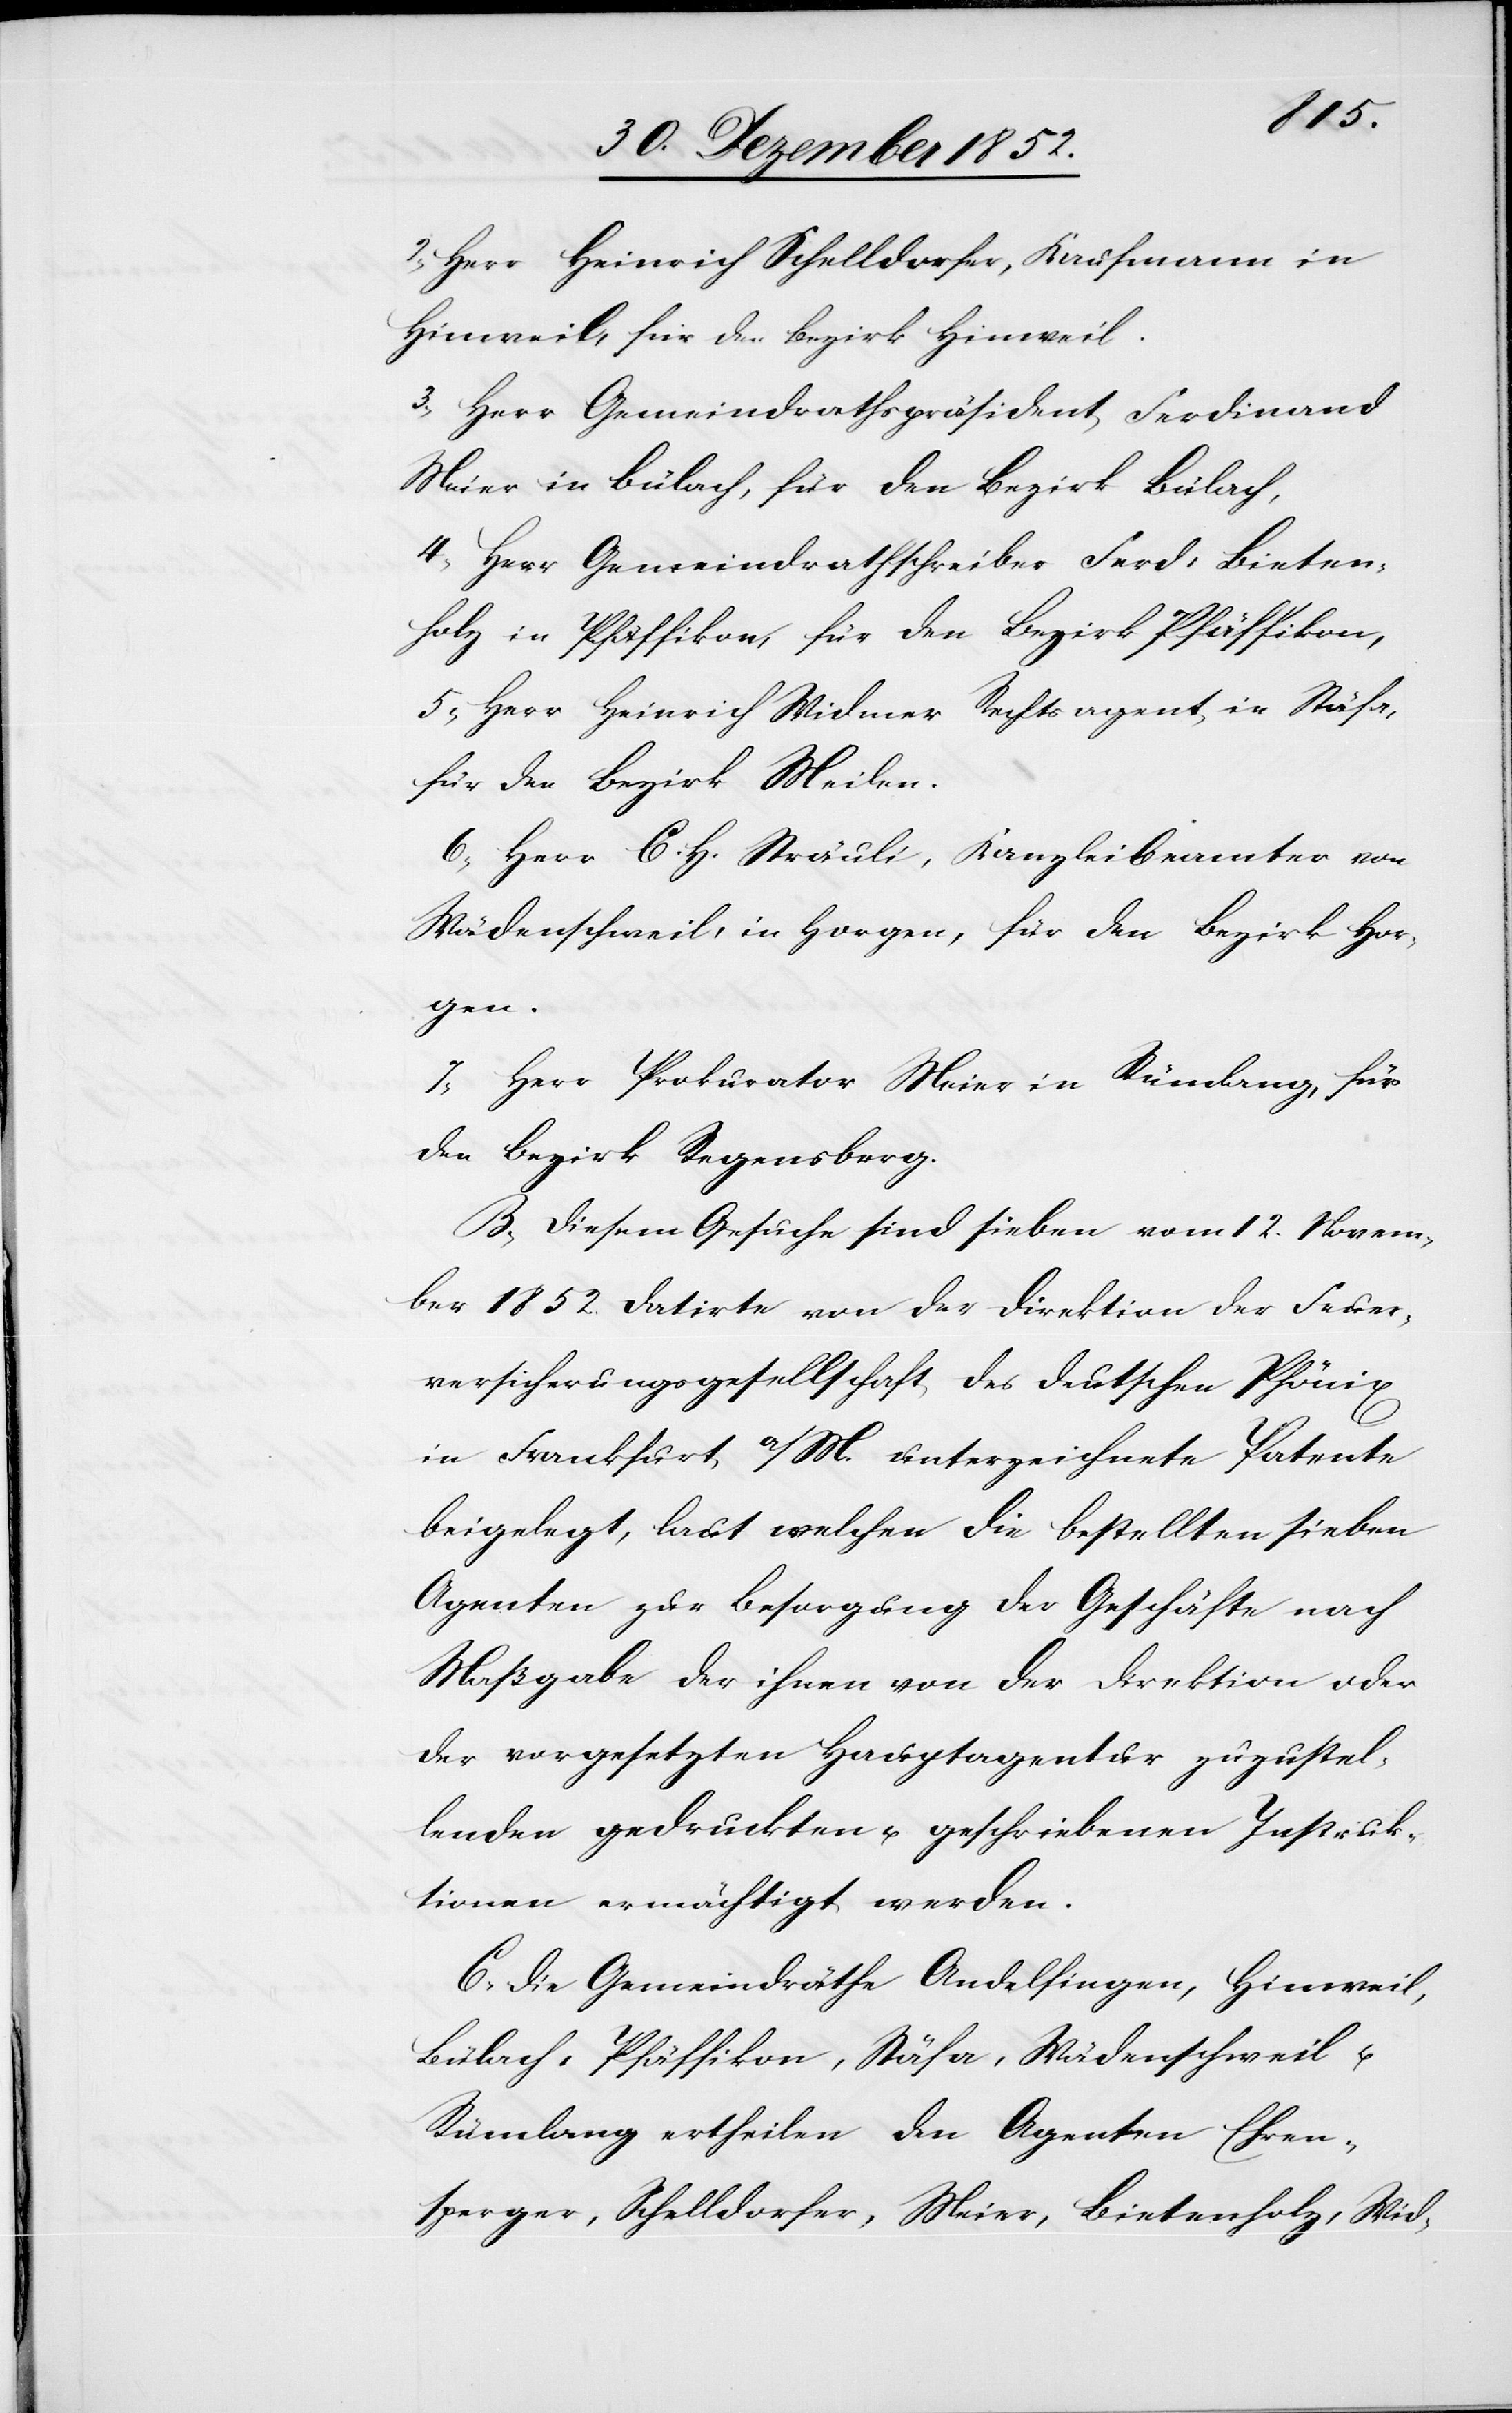
2, Herr Heinrich Schelldorfer, Kaufmann in
Hinweil, für den Bezirk Hinweil.
3, Herr Gemeindrathspräsident Ferdinand
Meier in Bülach, für den Bezirk Bülach,
4, Herr Gemeindrathschreiber Ferd: Bieten¬
holz in Pfäffikon, für den Bezirk Pfäffikon,
5, Herr Heinrich Widmer Rechtsagent in Stäfa,
für den Bezirk Meilen.
6, Herr C. H. Sträuli, Kanzleibeamter von
Wädenschweil, in Horgen, für den Bezirk Hor¬
gen.
7, Herr Prokurator Meier in Rümlang, für
den Bezirk Regensberg.
B, Diesem Gesuche sind sieben vom 12. Novem¬
ber 1852. datirte von der Direktion der Feuer¬
versicherungsgesellschaft des deutschen Phönix
in Frankfurt a/M. unterzeichnete Patente
beigelegt, laut welchen die bestellten sieben
Agenten zur Besorgung der Geschäfte nach
Maßgabe der ihnen von der Direktion oder
der vorgesetzten Hauptagentur zuzustel¬
lenden gedruckten u. geschriebenen Instruk¬
tionen ermächtigt werden.
C, Die Gemeindräthe Andelfingen, Hinweil,
Bülach, Pfäffikon, Stäfa, Wädenschweil u.
Rümlang ertheilen den Agenten Ehren¬
sperger, Schelldorfer, Meier, Bietenholz, Wid-